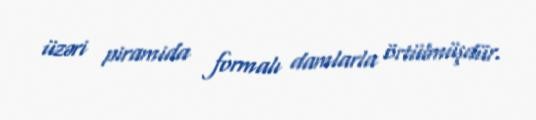
üzəri piramida formalı damlarla örtülmüşdür.